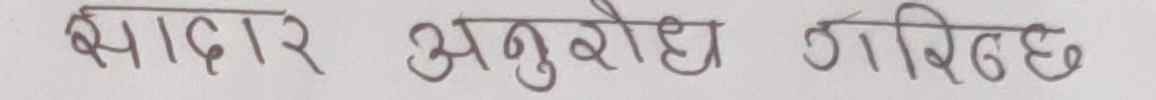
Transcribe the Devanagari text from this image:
भादार अनुरोध गरिन्छ